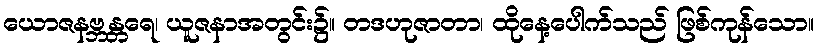
ယောဇနဗ္ဘန္တရေ၊ ယူဇနာအတွင်း၌။ တဒဟုဇာတာ၊ ထိုနေ့ပေါက်သည် ဖြစ်ကုန်သော။